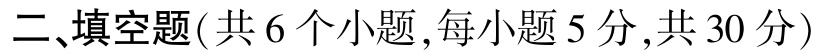
二、填空题(共6个小题,每小题5分,共30分)